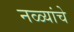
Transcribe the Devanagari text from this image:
नळ्यांचे